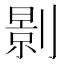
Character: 㔀